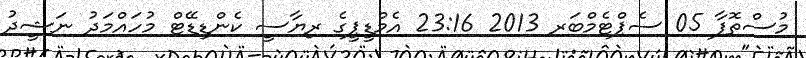
މުސްތޮފާ 05 ސެޕްޓެމްބަރ 2013 23:16 އެމްޑީޕީގެ ރިޔާސީ ކެންޑިޑޭޓް މުހައްމަދު ނަޝީދު